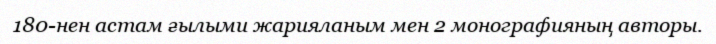
180-нен астам ғылыми жарияланым мен 2 монографияның авторы.